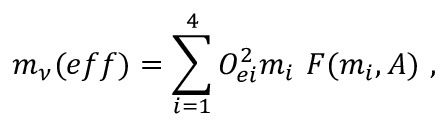
m _ { \nu } ( e f f ) = \sum _ { i = 1 } ^ { 4 } { \cal O } _ { e i } ^ { 2 } m _ { i } ~ F ( m _ { i } , A ) \ ,